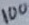
Text: 100